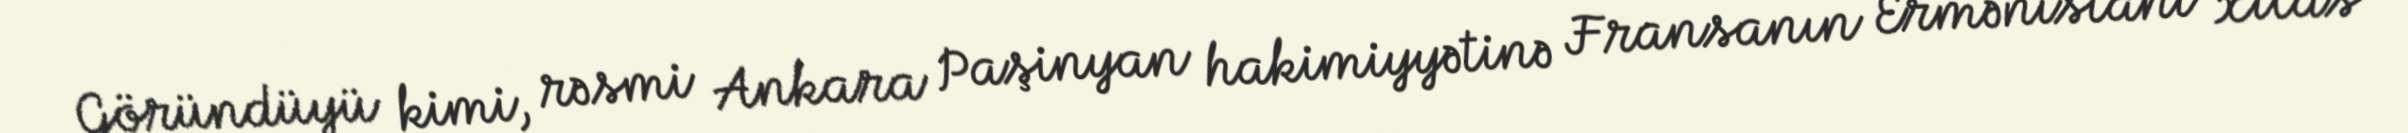
Göründüyü kimi, rəsmi Ankara Paşinyan hakimiyyətinə Fransanın Ermənistanı xilas